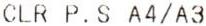
CLR P.S A4/A3